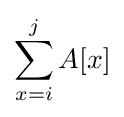
\sum _{x=i}^{j}A[x]